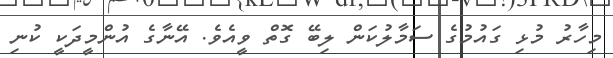
މިހާރު މުޅި ގައުމުގެ ސަމާލުކަން ލިބޭ ގޮތް ވީއެވެ. އޭނާގެ އުންމީދަކީ ކުނި